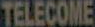
TELECOME